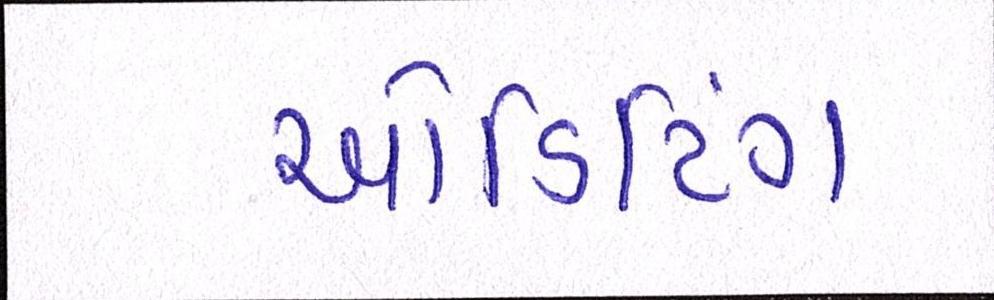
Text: ઓડિટિંગ